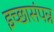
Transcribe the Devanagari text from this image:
इच्छासंपन्न